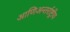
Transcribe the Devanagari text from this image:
आणिअन्तर्राष्ट्रीय